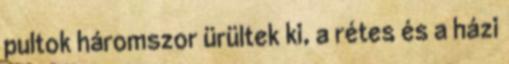
pultok háromszor ürültek ki, a rétes és a házi